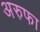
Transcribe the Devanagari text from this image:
अरुफा